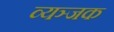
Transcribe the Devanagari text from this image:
व्यञ्जक